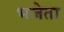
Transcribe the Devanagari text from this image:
भजेता